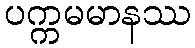
ပက္ကမမာနဿ